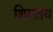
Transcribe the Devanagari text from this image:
शिरातय